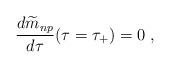
LaTeX: \begin{align*}{d{\widetilde m}_{np}\over d\tau}(\tau=\tau_{+})=0 \; ,\end{align*}